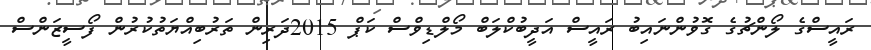
ރައީސްގެ ލޯންޗުގެ ގޮވުންނައިބު ރައީސް އަދީބުކްލަބް މޯލްޑިވްސް ކަޕް 2015ދަރިން ތަރުބިއްޔަތުކުރުން ފޯސީޒަންސް